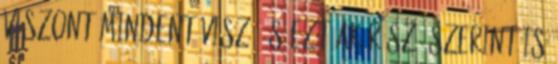
viszont mindent visz, és ezt akár szó szerint is